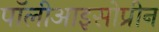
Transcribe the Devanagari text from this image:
पॉलीआइसोप्रीन